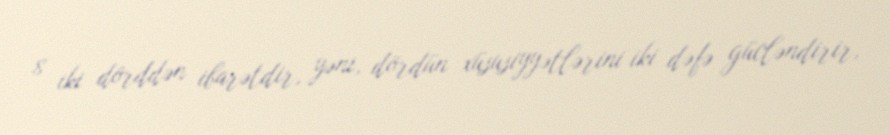
8 iki dörddən ibarətdir, yəni, dördün xüsusiyyətlərini iki dəfə gücləndirir,